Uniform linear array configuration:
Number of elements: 64
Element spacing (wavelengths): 0.75
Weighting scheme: blackman
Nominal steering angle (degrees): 30
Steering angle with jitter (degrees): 29.361
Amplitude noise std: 0.05
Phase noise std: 0.05

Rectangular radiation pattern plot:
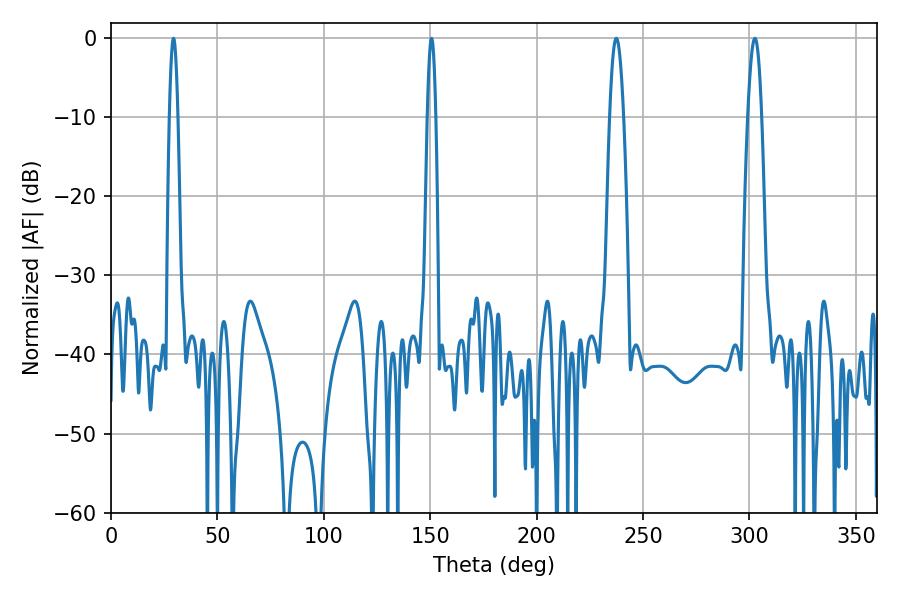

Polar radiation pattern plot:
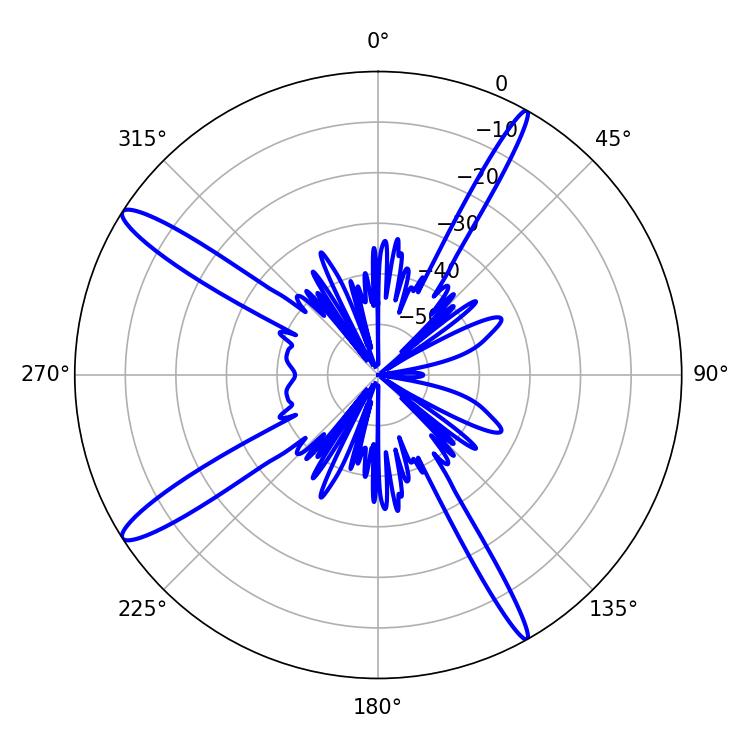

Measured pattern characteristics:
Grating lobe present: TRUE
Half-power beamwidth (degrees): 3.42
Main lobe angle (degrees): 302.58